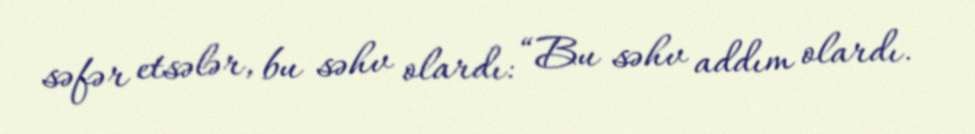
səfər etsələr, bu səhv olardı: “Bu səhv addım olardı.